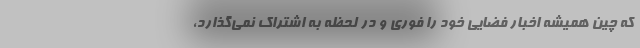
که چین همیشه اخبار فضایی خود را فوری و در لحظه به اشتراک نمی‌گذارد،